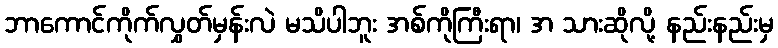
ဘာကောင်ကိုက်လွှတ်မှန်းလဲ မသိပါဘူး အစ်ကိုကြီးရာ၊ အ သားဆိုလို့ နည်းနည်းမှ